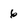
Character: 6